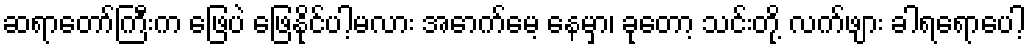
ဆရာတော်ကြီးက ဖြေပဲ ဖြေနိုင်ပါ့မလား အောက်မေ့ နေမှာ၊ ခုတော့ သင်းတို့ လက်ဖျား ခါရရောပေါ့